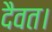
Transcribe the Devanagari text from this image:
दैवत।